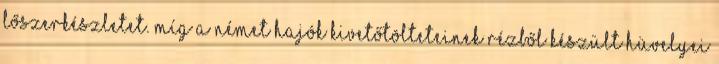
lőszerkészletet. Míg a német hajók kivetőtölteteinek rézből készült hüvelyei